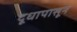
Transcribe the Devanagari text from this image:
दूधापासून